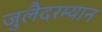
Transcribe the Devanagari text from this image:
जुलैदरम्यान